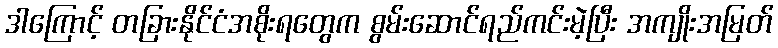
ဒါကြောင့် တခြားနိုင်ငံအစိုးရတွေက စွမ်းဆောင်ရည်ကင်းမဲ့ပြီး အကျိုးအမြတ်